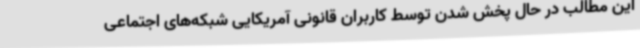
این مطالب در حال پخش شدن توسط کاربران قانونی آمریکایی شبکه‌های اجتماعی